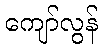
ကျော်လွန်